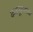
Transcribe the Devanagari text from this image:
कबनूरजवळ